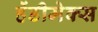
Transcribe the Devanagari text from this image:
हेंडीमेक्स